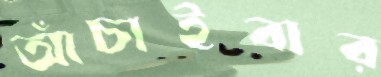
আঁচাইবার